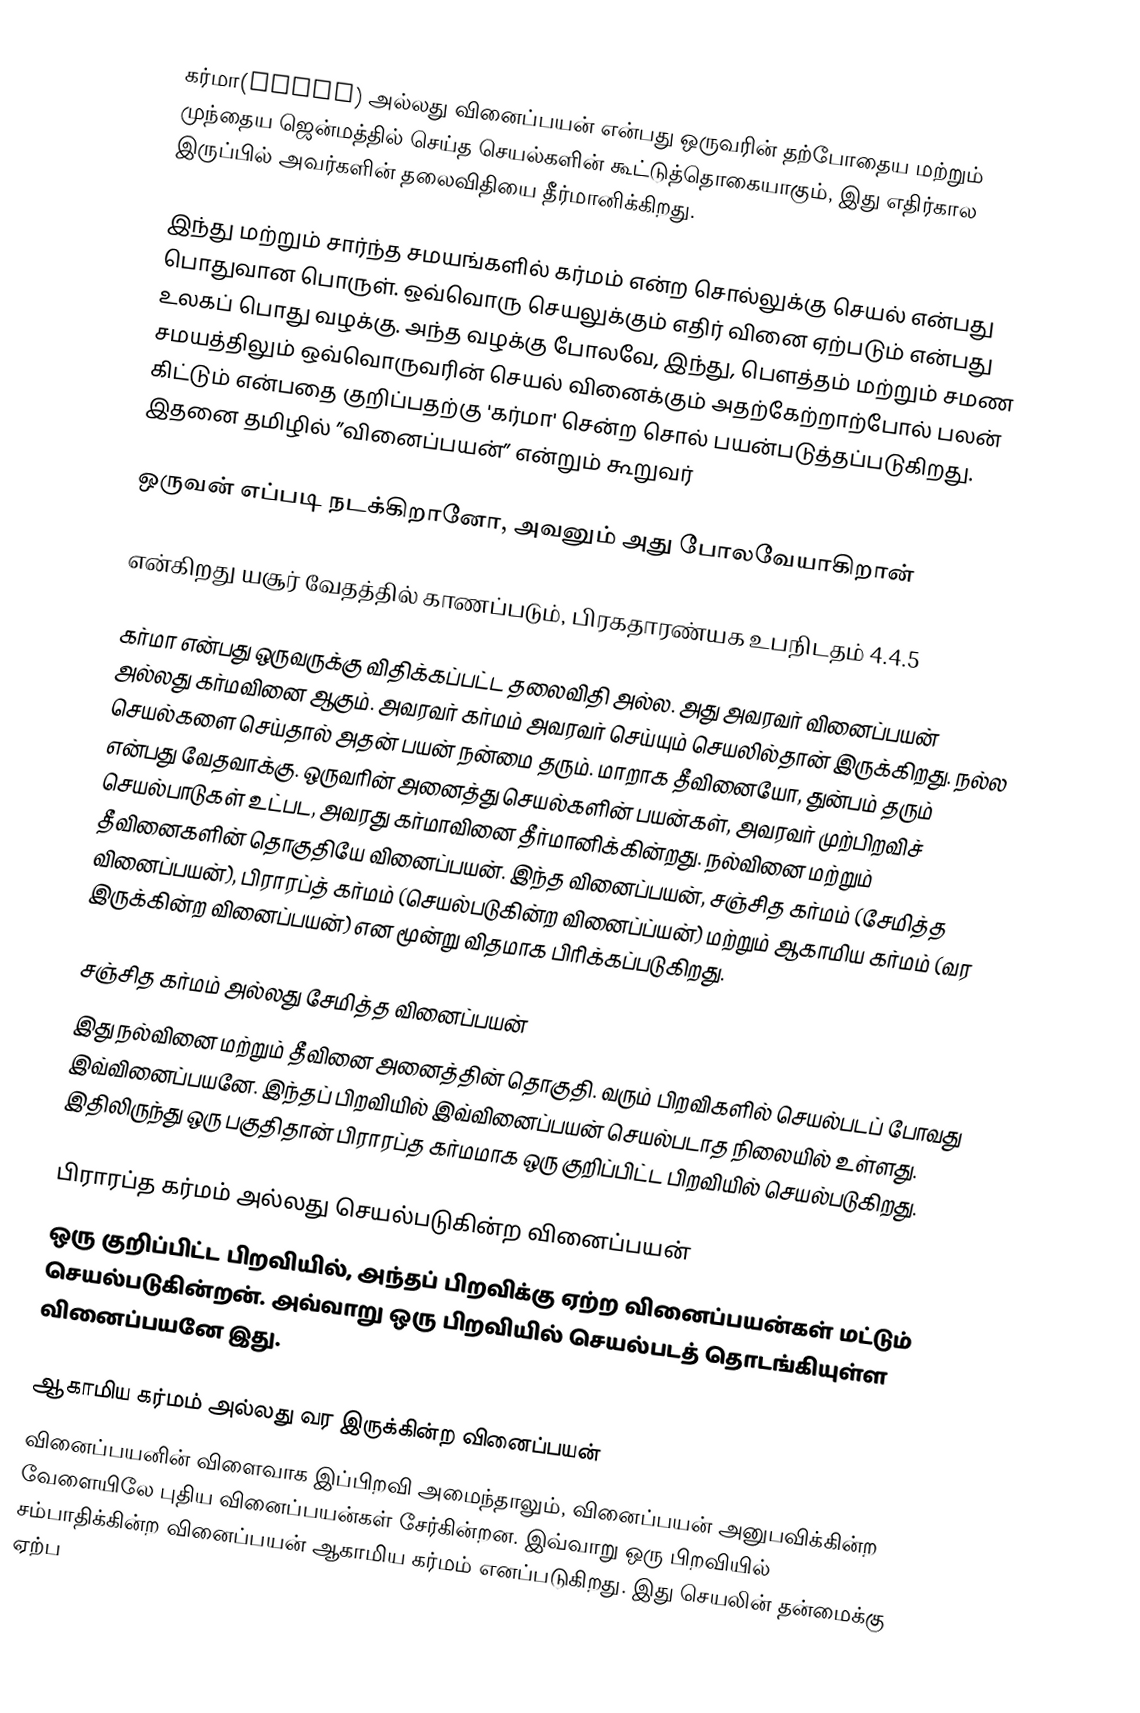
கர்மா(Karmā) அல்லது வினைப்பயன் என்பது ஒருவரின் தற்போதைய மற்றும் முந்தைய ஜென்மத்தில் செய்த செயல்களின் கூட்டுத்தொகையாகும், இது எதிர்கால இருப்பில் அவர்களின் தலைவிதியை தீர்மானிக்கிறது.

இந்து மற்றும் சார்ந்த சமயங்களில் கர்மம் என்ற சொல்லுக்கு செயல் என்பது பொதுவான பொருள். ஒவ்வொரு செயலுக்கும் எதிர் வினை ஏற்படும் என்பது உலகப் பொது வழக்கு. அந்த வழக்கு போலவே, இந்து, பௌத்தம் மற்றும் சமண சமயத்திலும் ஒவ்வொருவரின் செயல் வினைக்கும் அதற்கேற்றாற்போல் பலன் கிட்டும் என்பதை குறிப்பதற்கு 'கர்மா' சென்ற சொல் பயன்படுத்தப்படுகிறது. இதனை தமிழில் ”வினைப்பயன்” என்றும் கூறுவர்

 ஒருவன் எப்படி நடக்கிறானோ, அவனும் அது போலவேயாகிறான்

என்கிறது யசூர் வேதத்தில் காணப்படும், பிரகதாரண்யக உபநிடதம் 4.4.5

கர்மா என்பது ஒருவருக்கு விதிக்கப்பட்ட தலைவிதி அல்ல. அது அவரவர் வினைப்பயன் அல்லது கர்மவினை ஆகும். அவரவர் கர்மம் அவரவர் செய்யும் செயலில்தான் இருக்கிறது. நல்ல செயல்களை செய்தால் அதன் பயன் நன்மை தரும். மாறாக தீவினையோ, துன்பம் தரும் என்பது வேதவாக்கு. ஒருவரின் அனைத்து செயல்களின் பயன்கள், அவரவர் முற்பிறவிச் செயல்பாடுகள் உட்பட, அவரது கர்மாவினை தீர்மானிக்கின்றது. நல்வினை மற்றும் தீவினைகளின் தொகுதியே வினைப்பயன். இந்த வினைப்பயன், சஞ்சித கர்மம் (சேமித்த வினைப்பயன்), பிராரப்த் கர்மம் (செயல்படுகின்ற வினைப்ப்யன்)  மற்றும் ஆகாமிய கர்மம் (வர இருக்கின்ற வினைப்பயன்) என மூன்று விதமாக பிரிக்கப்படுகிறது.

சஞ்சித கர்மம் அல்லது சேமித்த வினைப்பயன்
இது நல்வினை மற்றும் தீவினை அனைத்தின் தொகுதி. வரும் பிறவிகளில் செயல்படப் போவது இவ்வினைப்பயனே. இந்தப் பிறவியில் இவ்வினைப்பயன் செயல்படாத நிலையில் உள்ளது. இதிலிருந்து ஒரு பகுதிதான் பிராரப்த கர்மமாக ஒரு குறிப்பிட்ட பிறவியில் செயல்படுகிறது.

பிராரப்த கர்மம் அல்லது செயல்படுகின்ற வினைப்பயன்
ஒரு குறிப்பிட்ட பிறவியில், அந்தப் பிறவிக்கு ஏற்ற வினைப்பயன்கள் மட்டும் செயல்படுகின்றன். அவ்வாறு ஒரு பிறவியில் செயல்படத் தொடங்கியுள்ள வினைப்பயனே இது.

ஆகாமிய கர்மம் அல்லது வர இருக்கின்ற வினைப்பயன்
வினைப்பயனின் விளைவாக இப்பிறவி அமைந்தாலும், வினைப்பயன் அனுபவிக்கின்ற வேளையிலே புதிய வினைப்பயன்கள் சேர்கின்றன. இவ்வாறு ஒரு பிறவியில் சம்பாதிக்கின்ற வினைப்பயன் ஆகாமிய கர்மம் எனப்படுகிறது. இது செயலின் தன்மைக்கு ஏற்ப